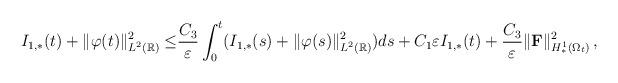
LaTeX: \begin{align*}I_{1,\ast}(t)+\Vert\varphi(t)\Vert^2_{L^2(\mathbb R)}\le &\frac{C_3}{\varepsilon}\int_0^t(I_{1,\ast}(s)+\Vert\varphi(s)\Vert^2_{L^2(\mathbb R)})ds+C_1\varepsilon I_{1,\ast}(t)+\frac{C_3}{\varepsilon}\Vert{\mathbf F}\Vert^2_{H^1_\ast(\Omega_t)}\,,\end{align*}